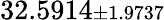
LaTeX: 32.5914{\scriptstyle\pm 1.9737}